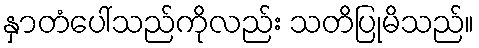
နှာတံပေါ်သည်ကိုလည်း သတိပြုမိသည်။